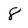
Character: 8